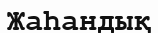
Жаһандық